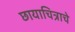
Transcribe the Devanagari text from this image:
छायाचित्राचे